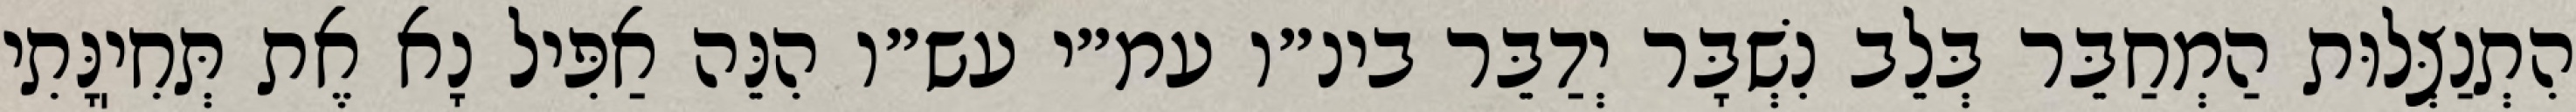
הִתְנַצְּלוּת הַמְחַבֵּר בְּלֵב נִשְׁבָּר יְדַבֵּר בינ״ו עמ״י עש״ו הִנֵּה אַפִּיל נָא אֶת תְּחִיֽנָּתִי